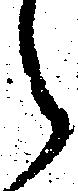
郎